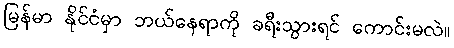
မြန်မာ နိုင်ငံမှာ ဘယ်နေရာကို ခရီးသွားရင် ကောင်းမလဲ။